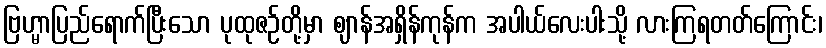
ဗြဟ္မာပြည်ရောက်ပြီးသော ပုထုဇဉ်တို့မှာ ဈာန်အရှိန်ကုန်က အပါယ်လေးပါးသို့ လားကြရတတ်ကြောင်း၊